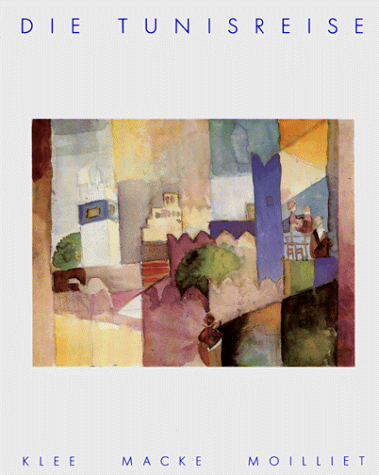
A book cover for Die Tunisreise: Klee, Macke, Moilliet (German Edition); Travel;